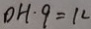
D H \cdot 9 = 1 2